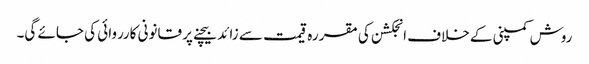
روش کمپنی کے خلاف انجکشن کی مقررہ قیمت سے زائد بیچنے پر قانونی کارروائی کی جائے گی۔